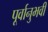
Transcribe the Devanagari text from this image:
पूर्वानुभवी